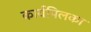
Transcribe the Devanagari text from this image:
कार्यपिलका